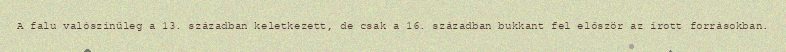
A falu valószínűleg a 13. században keletkezett, de csak a 16. században bukkant fel először az írott forrásokban.